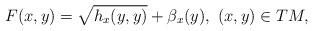
LaTeX: \begin{align*} F(x,y)=\sqrt{h_x(y,y)}+\beta_x(y),\ (x,y)\in TM,\end{align*}